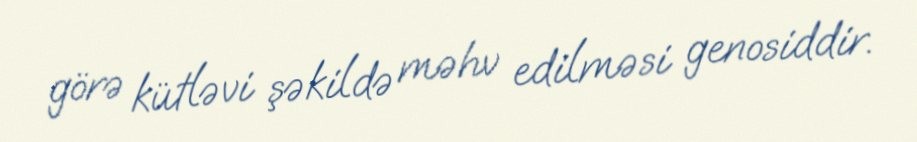
görə kütləvi şəkildə məhv edilməsi genosiddir.